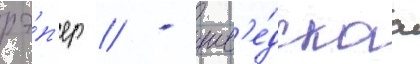
рэ́п'ер // - шв'е́дскаа